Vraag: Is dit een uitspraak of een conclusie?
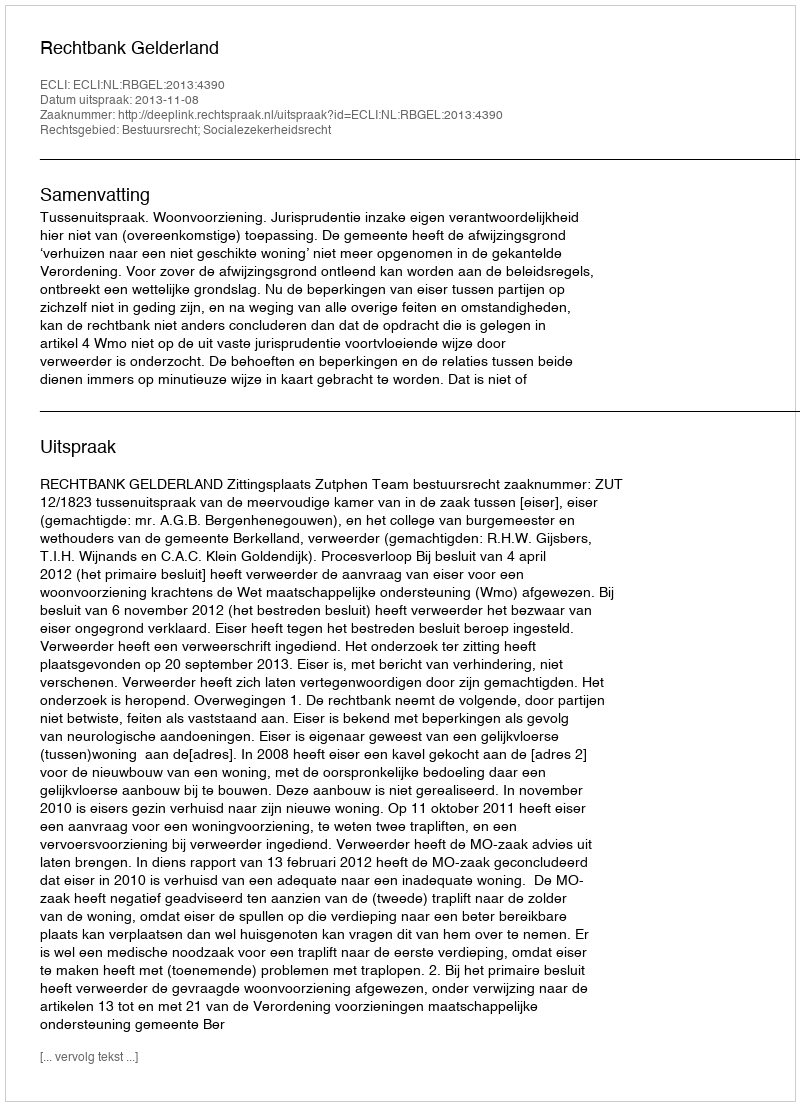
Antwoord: Uitspraak